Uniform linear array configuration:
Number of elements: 16
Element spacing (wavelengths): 0.25
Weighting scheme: blackman
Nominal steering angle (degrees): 0
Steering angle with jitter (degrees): -0.7972
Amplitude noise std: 0.05
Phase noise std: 0.05

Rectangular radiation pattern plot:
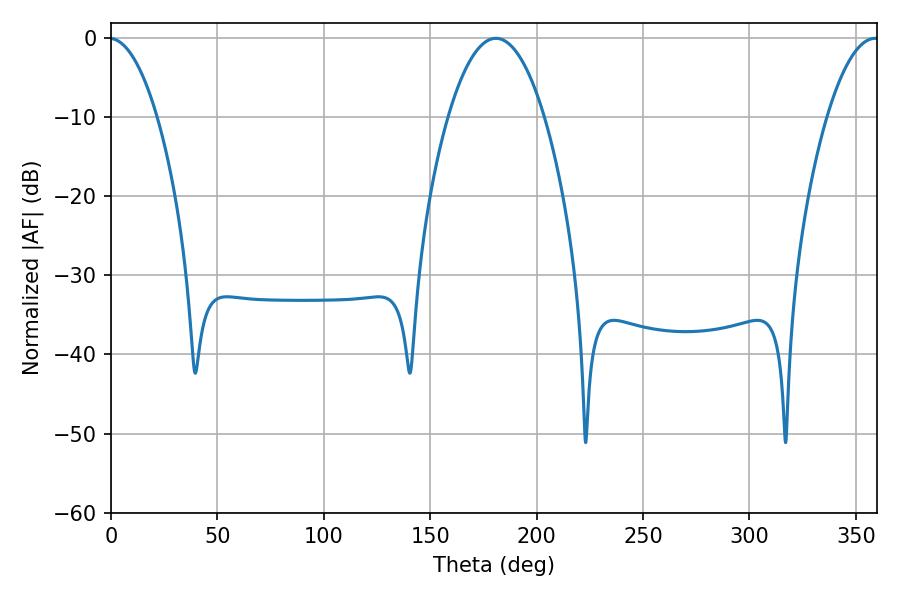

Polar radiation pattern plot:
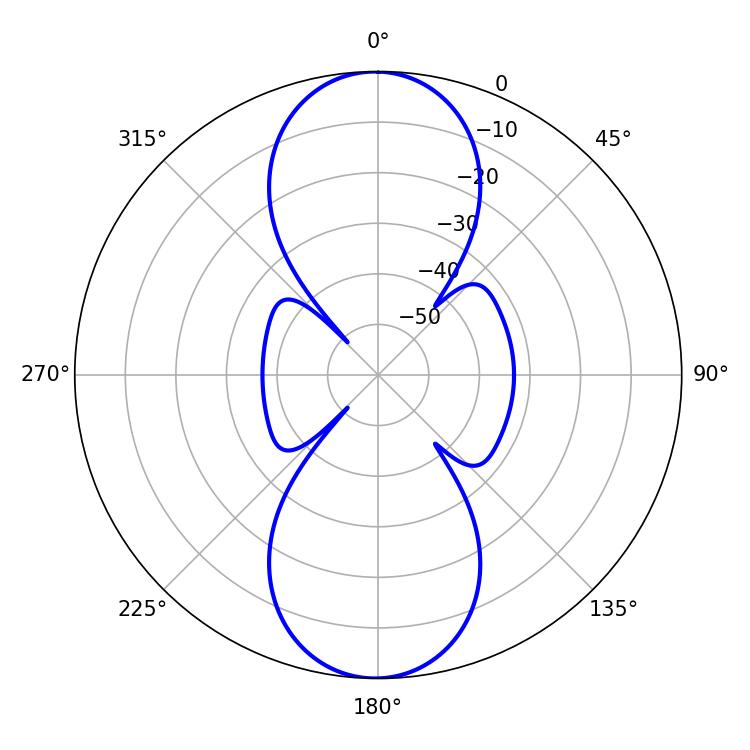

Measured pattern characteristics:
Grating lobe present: FALSE
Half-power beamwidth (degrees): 25.02
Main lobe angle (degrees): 180.9